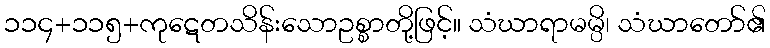
၁၁၄+၁၁၅+ကုဋေတသိန်းသောဥစ္စာတို့ဖြင့်။ သံဃာရာမမ္ပိ၊ သံဃာတော်၏